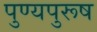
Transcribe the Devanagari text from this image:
पुण्यपुरूष